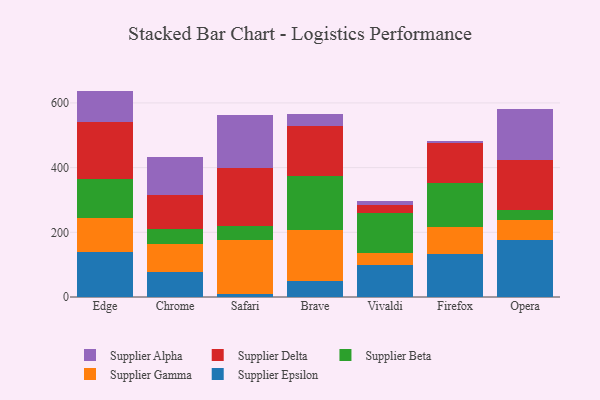
{"axis": {"x": "Browser", "y": "Net Income (USD K)"}, "legend": ["Supplier Alpha", "Supplier Beta", "Supplier Delta", "Supplier Epsilon", "Supplier Gamma"], "data": [{"x": "Edge", "y": 139.4, "type": "Supplier Epsilon"}, {"x": "Edge", "y": 106.1, "type": "Supplier Gamma"}, {"x": "Edge", "y": 119.9, "type": "Supplier Beta"}, {"x": "Edge", "y": 175.2, "type": "Supplier Delta"}, {"x": "Edge", "y": 96.8, "type": "Supplier Alpha"}, {"x": "Chrome", "y": 75.9, "type": "Supplier Epsilon"}, {"x": "Chrome", "y": 89.1, "type": "Supplier Gamma"}, {"x": "Chrome", "y": 44.4, "type": "Supplier Beta"}, {"x": "Chrome", "y": 105.6, "type": "Supplier Delta"}, {"x": "Chrome", "y": 118.5, "type": "Supplier Alpha"}, {"x": "Safari", "y": 10.5, "type": "Supplier Epsilon"}, {"x": "Safari", "y": 165.2, "type": "Supplier Gamma"}, {"x": "Safari", "y": 44.1, "type": "Supplier Beta"}, {"x": "Safari", "y": 179.0, "type": "Supplier Delta"}, {"x": "Safari", "y": 164.0, "type": "Supplier Alpha"}, {"x": "Brave", "y": 48.5, "type": "Supplier Epsilon"}, {"x": "Brave", "y": 157.7, "type": "Supplier Gamma"}, {"x": "Brave", "y": 167.1, "type": "Supplier Beta"}, {"x": "Brave", "y": 155.7, "type": "Supplier Delta"}, {"x": "Brave", "y": 37.4, "type": "Supplier Alpha"}, {"x": "Vivaldi", "y": 97.9, "type": "Supplier Epsilon"}, {"x": "Vivaldi", "y": 38.3, "type": "Supplier Gamma"}, {"x": "Vivaldi", "y": 125.0, "type": "Supplier Beta"}, {"x": "Vivaldi", "y": 24.0, "type": "Supplier Delta"}, {"x": "Vivaldi", "y": 11.3, "type": "Supplier Alpha"}, {"x": "Firefox", "y": 132.6, "type": "Supplier Epsilon"}, {"x": "Firefox", "y": 83.8, "type": "Supplier Gamma"}, {"x": "Firefox", "y": 136.6, "type": "Supplier Beta"}, {"x": "Firefox", "y": 122.2, "type": "Supplier Delta"}, {"x": "Firefox", "y": 7.0, "type": "Supplier Alpha"}, {"x": "Opera", "y": 177.0, "type": "Supplier Epsilon"}, {"x": "Opera", "y": 60.1, "type": "Supplier Gamma"}, {"x": "Opera", "y": 30.9, "type": "Supplier Beta"}, {"x": "Opera", "y": 156.2, "type": "Supplier Delta"}, {"x": "Opera", "y": 156.6, "type": "Supplier Alpha"}]}